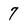
Character: 7